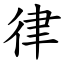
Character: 律